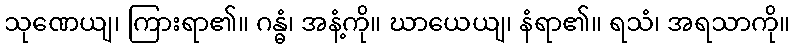
သုဏေယျ၊ ကြားရာ၏။ ဂန္ဓံ၊ အနံ့ကို။ ဃာယေယျ၊ နံရာ၏။ ရသံ၊ အရသာကို။